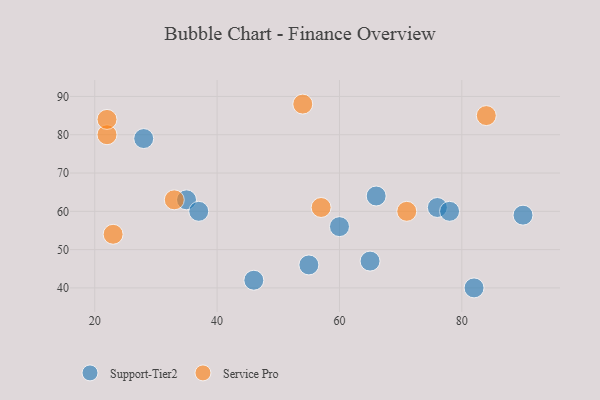
{"axis": {"x": "GDP", "y": "Life Expectancy"}, "legend": ["Service Pro", "Support-Tier2"], "data": [{"x": "82", "y": 40, "type": "Support-Tier2"}, {"x": "46", "y": 42, "type": "Support-Tier2"}, {"x": "35", "y": 63, "type": "Support-Tier2"}, {"x": "28", "y": 79, "type": "Support-Tier2"}, {"x": "76", "y": 61, "type": "Support-Tier2"}, {"x": "78", "y": 60, "type": "Support-Tier2"}, {"x": "90", "y": 59, "type": "Support-Tier2"}, {"x": "37", "y": 60, "type": "Support-Tier2"}, {"x": "65", "y": 47, "type": "Support-Tier2"}, {"x": "55", "y": 46, "type": "Support-Tier2"}, {"x": "60", "y": 56, "type": "Support-Tier2"}, {"x": "66", "y": 64, "type": "Support-Tier2"}, {"x": "22", "y": 80, "type": "Service Pro"}, {"x": "54", "y": 88, "type": "Service Pro"}, {"x": "22", "y": 84, "type": "Service Pro"}, {"x": "84", "y": 85, "type": "Service Pro"}, {"x": "57", "y": 61, "type": "Service Pro"}, {"x": "71", "y": 60, "type": "Service Pro"}, {"x": "33", "y": 63, "type": "Service Pro"}, {"x": "23", "y": 54, "type": "Service Pro"}]}